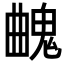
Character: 𩳄